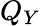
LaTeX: Q_{Y}